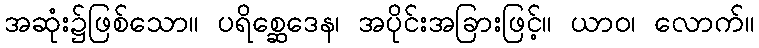
အဆုံး၌ဖြစ်သော။ ပရိစ္ဆေဒေန၊ အပိုင်းအခြားဖြင့်။ ယာဝ၊ လောက်။